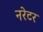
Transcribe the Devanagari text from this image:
नरेटर